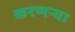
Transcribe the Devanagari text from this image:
करणर्‍या